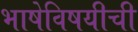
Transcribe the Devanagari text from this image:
भाषेविषयीची